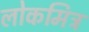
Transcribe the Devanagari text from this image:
लोकमित्र